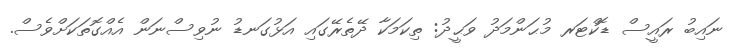
ނައިބު ރައީސް ޑޮކްޓަރ މުޙަންމަދު ވަޙީދު: ތިކަމަކާ ދޭތެރޭގައި އަޅުގަނޑު ނުވިސްނަން އެއްގޮތަކަށްވެސް.